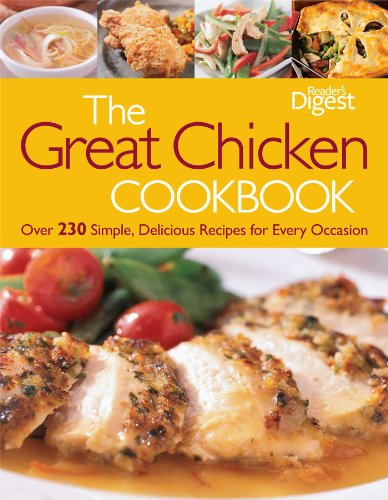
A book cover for The Great Chicken Cookbook: Over 230 Simple, Delicious Recipes for Every Occasion; Editors of Reader's Digest; Cookbooks, Food & Wine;